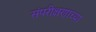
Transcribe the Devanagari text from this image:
संपरीक्षणाच्या